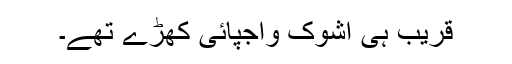
قریب ہی اشوک واجپائی کھڑے تھے۔